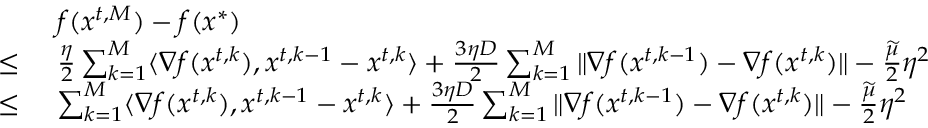
\begin{array} { r l } & { f ( { x } ^ { t , M } ) - f ( { x } ^ { * } ) } \\ { \le \ } & { \frac { \eta } { 2 } \sum _ { k = 1 } ^ { M } \langle \nabla f ( { x } ^ { t , k } ) , { x } ^ { t , k - 1 } - { x } ^ { t , k } \rangle + \frac { 3 \eta D } { 2 } \sum _ { k = 1 } ^ { M } \| \nabla f ( { x } ^ { t , k - 1 } ) - \nabla f ( { x } ^ { t , k } ) \| - \frac { \widetilde \mu } { 2 } \eta ^ { 2 } } \\ { \le \ } & { \sum _ { k = 1 } ^ { M } \langle \nabla f ( { x } ^ { t , k } ) , { x } ^ { t , k - 1 } - { x } ^ { t , k } \rangle + \frac { 3 \eta D } { 2 } \sum _ { k = 1 } ^ { M } \| \nabla f ( { x } ^ { t , k - 1 } ) - \nabla f ( { x } ^ { t , k } ) \| - \frac { \widetilde \mu } { 2 } \eta ^ { 2 } } \end{array}